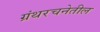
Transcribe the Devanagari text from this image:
ग्रंथरचनेतील